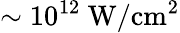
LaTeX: \sim 10^{12}~\mathrm{W/cm^{2}}